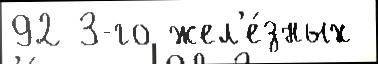
92 3-го жел'е́зных